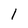
Character: 1